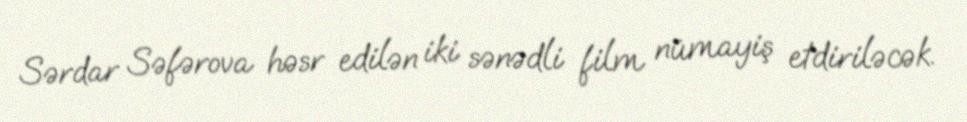
Sərdar Səfərova həsr edilən iki sənədli film nümayiş etdiriləcək.